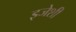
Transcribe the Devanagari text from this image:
इजेशी